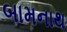
બામનાથ